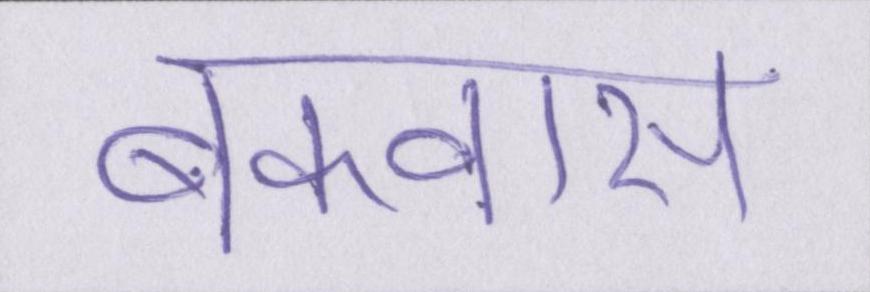
बकवास